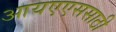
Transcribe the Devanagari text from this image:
आयएएससाठी